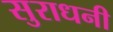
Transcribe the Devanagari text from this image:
सुराधनी